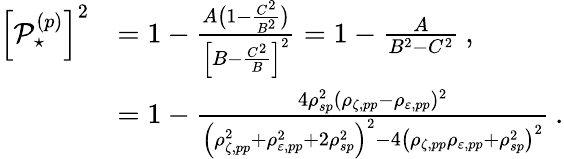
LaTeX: \begin{array}{rl}{\left[\mathop{\mathcal{P}_{\star}^{(p)}}\right]^{2}}&{=1-\frac{A\big(1-\frac{C^{2}}{B^{2}}\big)}{\Big[B-\frac{C^{2}}{B}\Big]^{2}}=1-\frac{A}{B^{2}-C^{2}}\: ,}\\ &{=1-\frac{4\rho_{sp}^{2}(\rho_{\zeta,pp}-\rho_{\varepsilon,pp})^{2}}{\left(\rho_{\zeta,pp}^{2}+\rho_{\varepsilon,pp}^{2}+2\rho_{sp}^{2}\right)^{2}-4\left(\rho_{\zeta,pp}\rho_{\varepsilon,pp}+\rho_{sp}^{2}\right)^{2}}\: .}\end{array}